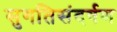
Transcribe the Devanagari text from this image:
सुगतिसंदर्षण